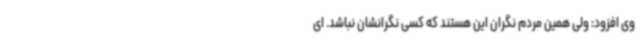
وی افزود: ولی همین مردم نگران این هستند که کسی نگرانشان نباشد. ای